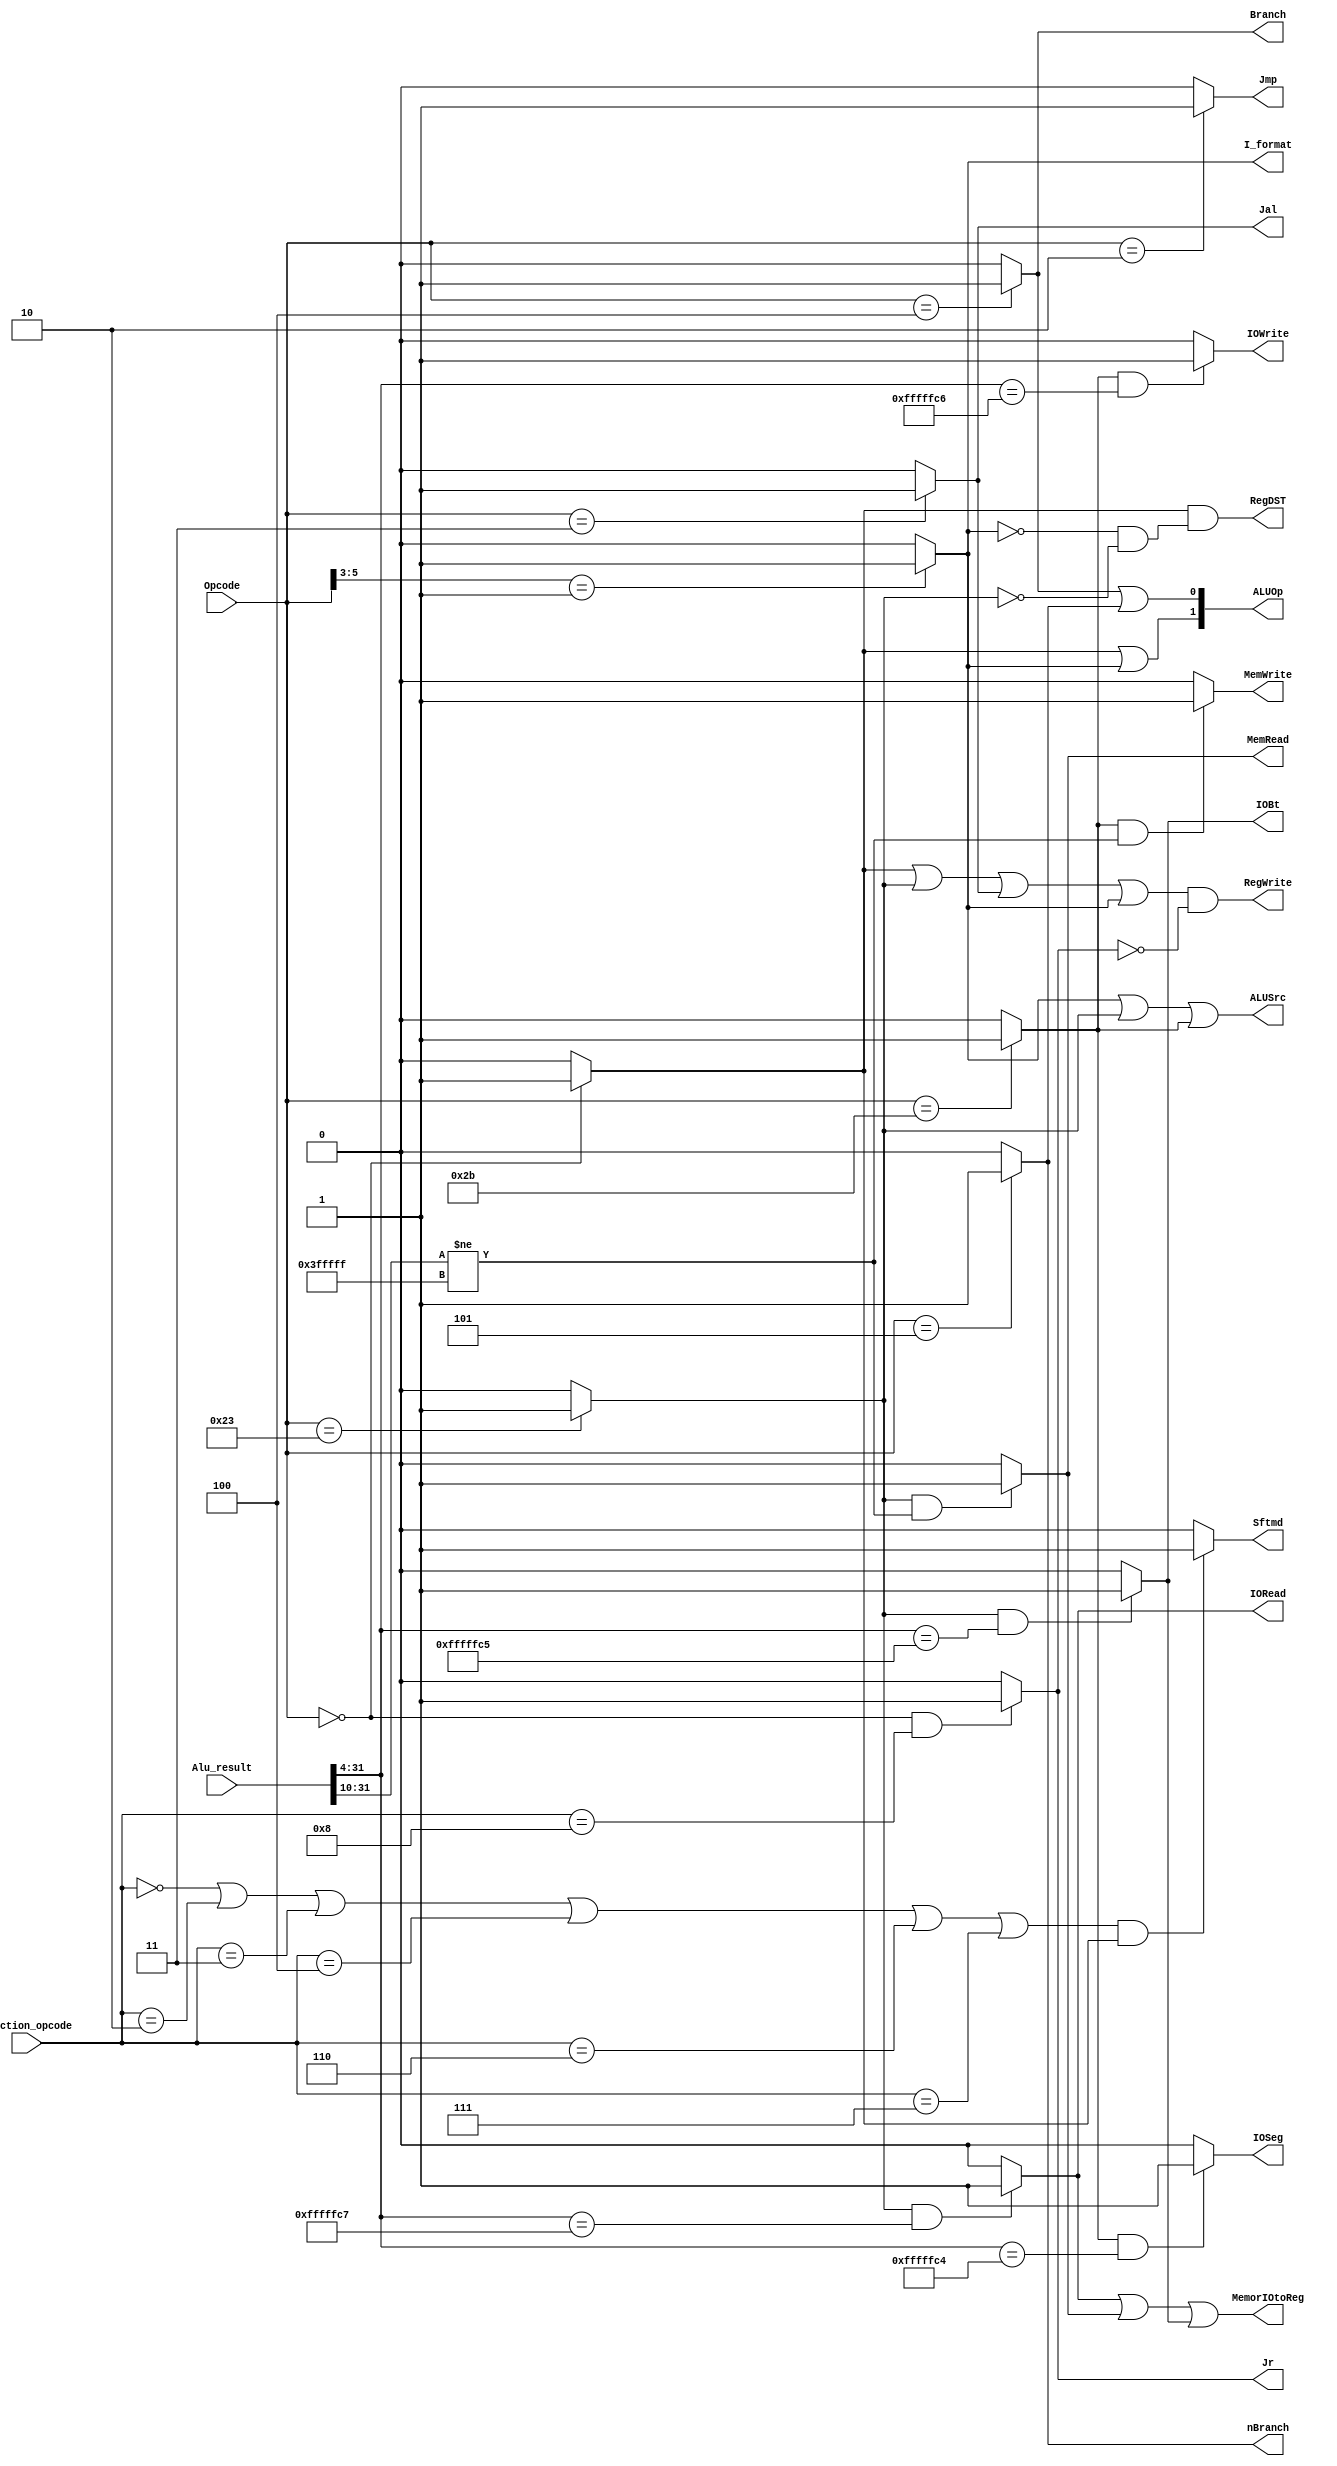
`timescale 1ns / 1ps

module Control32(
    input [5:0] Opcode,
    input [5:0] Function_opcode,
    output Jr,
    output RegDST,
    output ALUSrc,
  //  output MemtoReg,
    output RegWrite,
    output MemWrite,
    output Branch,
    output nBranch,
    output Jmp,
    output Jal,
    output I_format,
    output Sftmd,
    output [1:0] ALUOp,
    input[31:0] Alu_result,
    output MemorIOtoReg,
    output MemRead,
    output IORead,
    output IOWrite,
    output IOBt,
    output IOSeg
    );
    wire R_format, Lw, Sw;
    assign R_format = (Opcode == 6'b000000)? 1'b1:1'b0;
    assign Lw = (Opcode==6'b100011)? 1'b1:1'b0;
    assign Sw = (Opcode==6'b101011)? 1'b1:1'b0;
    assign Jr = ((Opcode==6'b000000) && (Function_opcode==6'b001000)) ? 1'b1 : 1'b0; 
    assign RegDST = R_format && (~I_format && ~Lw);
    assign ALUSrc = (I_format || Lw || Sw);
  //  assign MemtoReg = Lw;
    assign RegWrite = (R_format || Lw || Jal || I_format) && (~Jr);
    assign MemWrite = ((Sw == 1'b1) && (Alu_result[31:10] != 22'h3FFFFF)) ? 1'b1 : 1'b0;
    assign Branch = (Opcode==6'b000100)? 1'b1:1'b0;
    assign nBranch = (Opcode==6'b000101)? 1'b1:1'b0;
    assign Jal = (Opcode==6'b000011)? 1'b1:1'b0;
    assign Jmp=  (Opcode==6'b000010)? 1'b1:1'b0;
    assign I_format = (Opcode[5:3]==3'b001)?1'b1:1'b0;
    assign Sftmd = (((Function_opcode==6'b000000) || (Function_opcode==6'b000010)
                            || (Function_opcode==6'b000011) || (Function_opcode==6'b000100)
                            || (Function_opcode==6'b000110) || (Function_opcode==6'b000111))
                            && R_format)? 1'b1:1'b0;
     assign ALUOp = {(R_format || I_format),(Branch || nBranch)};

     //C = 1100
     assign MemRead = (Lw  == 1'b1 && (Alu_result[31:10] != 22'h3FFFFF)) ? 1'b1 : 1'b0;
     assign IORead = (Lw  == 1'b1 && (Alu_result[31:4] == 28'hFFFFFC7)) ? 1'b1 : 1'b0;
     assign IOWrite = (Sw  == 1'b1 && (Alu_result[31:4] == 28'hFFFFFC6)) ? 1'b1 : 1'b0;
     assign IOBt = (Lw  == 1'b1 && (Alu_result[31:4] == 28'hFFFFFC5)) ? 1'b1 : 1'b0;
     assign IOSeg = (Sw  == 1'b1 && (Alu_result[31:4] == 28'hFFFFFC4)) ? 1'b1 : 1'b0;
     // Read operations require reading data from memory or I/O to write to the register
     assign MemorIOtoReg = IORead || MemRead || IOBt;
endmodule